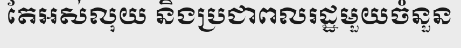
តែអស់លុយ និងប្រជាពលរដ្ឋមួយចំនួន